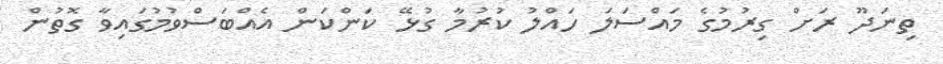
ތިނަދޫ ރަށް ގިރުމުގެ މައްސަލަ ހައްލު ކުރުމާ ގުޅޭ ކަންކަން އެއްބަސްވުމުގައިވާ ގޮތުން